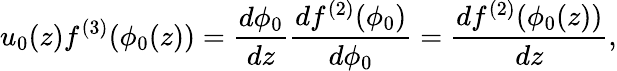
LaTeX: u_{0}(z)f^{(3)}(\phi_{0}(z))=\frac{d\phi_{0}}{dz}\frac{df^{(2)}(\phi_{0})}{d\phi_{0}}=\frac{df^{(2)}(\phi_{0}(z))}{dz},